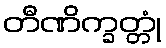
တီဏိက္ခတ္တုံ